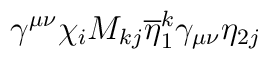
\gamma^{\mu\nu} \chi_{i} M_{kj} \overline{\eta}^{k}_{1} \gamma_{\mu\nu}\eta_{2 j}